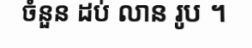
ចំនួន ដប់ លាន រូប ។